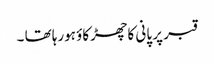
قبر پر پانی کا چھڑکاؤ ہورہا تھا ۔